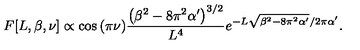
F [ L , \beta , \nu ] \propto \cos { ( \pi \nu ) } \frac { \left( \beta ^ { 2 } - 8 \pi ^ { 2 } \alpha ^ { \prime } \right) ^ { 3 / 2 } } { L ^ { 4 } } e ^ { - L \sqrt { \beta ^ { 2 } - 8 \pi ^ { 2 } \alpha ^ { \prime } } / 2 \pi \alpha ^ { \prime } } .